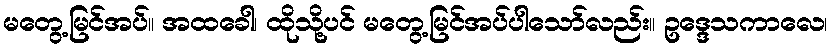
မတွေ့မြင်အပ်။ အထခေါ၊ ထိုသို့ပင် မတွေ့မြင်အပ်ပါသော်လည်း။ ဥဒ္ဒေသကာလေ၊